Tezpur Lunatic Asylum reports 1877-1894 - 1877-1894
Year: 1877
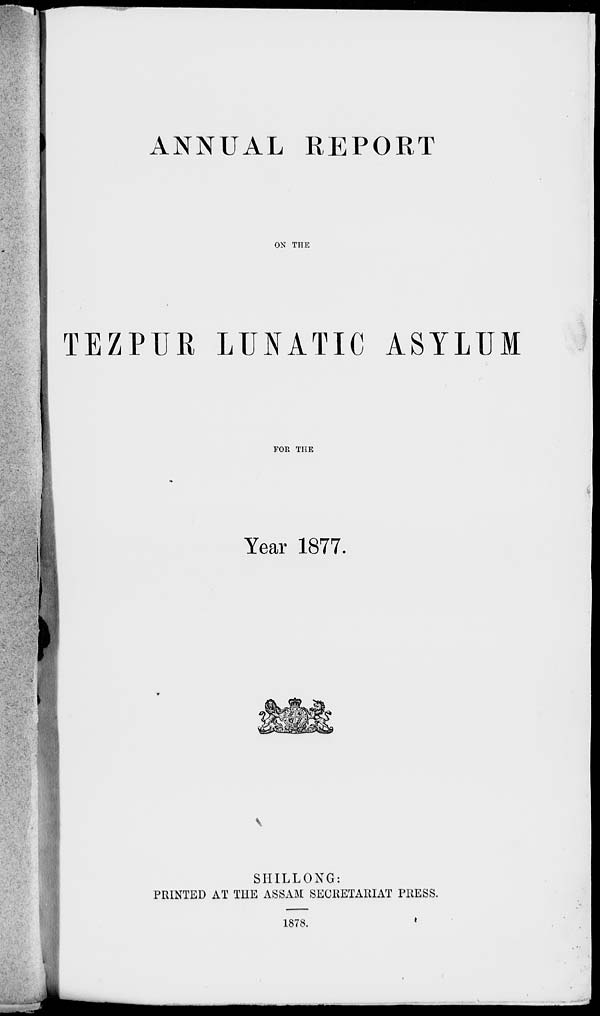
ANNUAL REPORT
ON THE
TEZPUR LUNATIC ASYLUM
FOR THE
Year 1877.
SHILLONG:
PRINTED AT THE ASSAM SECRETARIAT PRESS.
1878.